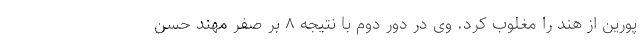
پورین از هند را مغلوب کرد. وی در دور دوم با نتیجه ۸ بر صفر مهند حسن